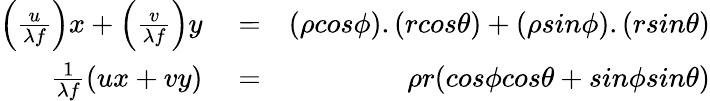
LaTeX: \begin{array}{rlr}{\left(\frac{u}{\lambda f}\right)x+\left(\frac{v}{\lambda f}\right)y}&{{}=}&{\left(\rho cos\phi\right).\left(rcos\theta\right)+\left(\rho sin\phi\right).\left(rsin\theta\right)}\\ {\frac{1}{\lambda f}(ux+vy)}&{{}=}&{\rho r(cos\phi cos\theta+sin\phi sin\theta)}\end{array}